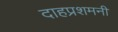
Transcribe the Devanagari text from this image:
दाहप्रशमनी